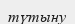
түтыну